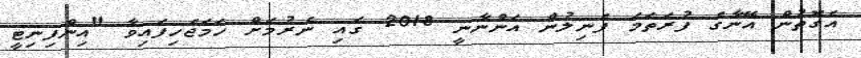
އެގޮތުން އޭނާގެ ފުރަތަމަ ފެނިލުން އަންނާނީ 2018 ގައި ނެރުމަށް ހަމަޖެހިފައިވާ "އިންފިނިޓީ